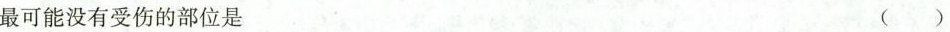
最可能没有受伤的部位是 ( )